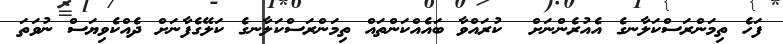
ފަހެ ތިމަންރަސްކަލާނގެ އެއުރެންނަށް  ކުރައްވާ ބައެއްކަންތައް ތިމަންރަސްކަލާނގެ ކަލޭގެފާނަށް ދެއްކެވިޔަސް ނުވަތަ